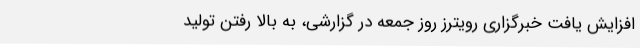
افزایش یافت خبرگزاری رویترز روز جمعه در گزارشی، به بالا رفتن تولید